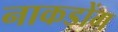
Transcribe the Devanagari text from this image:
नाकडोंग